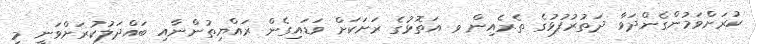
ކުރަށްވަމުންގެންދަވާ ދަތުރުފުޅުގެ ތެރެއިން ވ އަތޮޅުގެ ރަށަކަށް ވަޑައިގެން ރައްޔިތުންނާއި ބައްދަލުކުރަށްވަނީ މި